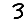
Digit: 3